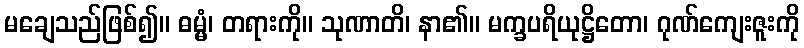
မချေသည်ဖြစ်၍။ ဓမ္မံ၊ တရားကို။ သုဏာတိ၊ နာ၏။ မက္ခပရိယုဋ္ဌိတော၊ ဂုဏ်ကျေးဇူးကို